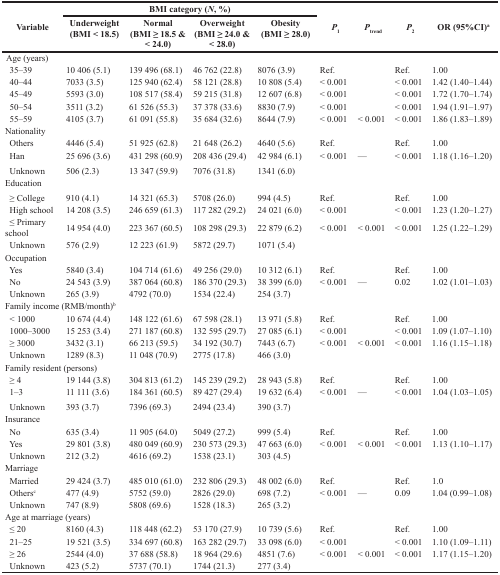
<table><thead><tr><td rowspan="2"><b>Variable</b></td><td colspan="4"><b>BMI category (<i>N</i>, %)</b></td><td rowspan="2"><b><i>P</i><sub>1</sub></b></td><td rowspan="2"><b><i>P</i><sub>trend</sub></b></td><td rowspan="2"><b><i>P</i><sub>2</sub></b></td><td rowspan="2"><b>OR (95%CI)<sup>a</sup></b></td></tr><tr><td><b>Underweight (BMI &lt; 18.5)</b></td><td><b>Normal (BMI ≥ 18.5 &amp; &lt; 24.0)</b></td><td><b>Overweight (BMI ≥ 24.0 &amp; &lt; 28.0)</b></td><td><b>Obesity (BMI ≥ 28.0)</b></td></tr></thead><tbody><tr><td colspan="9">Age (years)</td></tr><tr><td> 35–39</td><td>10 406 (5.1)</td><td>139 496 (68.1)</td><td>46 762 (22.8)</td><td>8076 (3.9)</td><td>Ref.</td><td></td><td>Ref.</td><td>1.00</td></tr><tr><td> 40–44</td><td>7033 (3.5)</td><td>125 940 (62.4)</td><td>58 121 (28.8)</td><td>10 808 (5.4)</td><td>&lt; 0.001</td><td></td><td>&lt; 0.001</td><td>1.42 (1.40–1.44)</td></tr><tr><td> 45–49</td><td>5593 (3.0)</td><td>108 517 (58.4)</td><td>59 215 (31.8)</td><td>12 607 (6.8)</td><td>&lt; 0.001</td><td></td><td>&lt; 0.001</td><td>1.72 (1.70–1.74)</td></tr><tr><td> 50–54</td><td>3511 (3.2)</td><td>61 526 (55.3)</td><td>37 378 (33.6)</td><td>8830 (7.9)</td><td>&lt; 0.001</td><td></td><td>&lt; 0.001</td><td>1.94 (1.91–1.97)</td></tr><tr><td> 55–59</td><td>4105 (3.7)</td><td>61 091 (55.8)</td><td>35 684 (32.6)</td><td>8644 (7.9)</td><td>&lt; 0.001</td><td>&lt; 0.001</td><td>&lt; 0.001</td><td>1.86 (1.83–1.89)</td></tr><tr><td colspan="9">Nationality</td></tr><tr><td> Others</td><td>4446 (5.4)</td><td>51 925 (62.8)</td><td>21 648 (26.2)</td><td>4640 (5.6)</td><td>Ref.</td><td></td><td>Ref.</td><td>1.00</td></tr><tr><td> Han</td><td>25 696 (3.6)</td><td>431 298 (60.9)</td><td>208 436 (29.4)</td><td>42 984 (6.1)</td><td>&lt; 0.001</td><td>—</td><td>&lt; 0.001</td><td>1.18 (1.16–1.20)</td></tr><tr><td> Unknown</td><td>506 (2.3)</td><td>13 347 (59.9)</td><td>7076 (31.8)</td><td>1341 (6.0)</td><td></td><td></td><td></td><td></td></tr><tr><td colspan="9">Education</td></tr><tr><td> ≥ College</td><td>910 (4.1)</td><td>14 321 (65.3)</td><td>5708 (26.0)</td><td>994 (4.5)</td><td>Ref.</td><td></td><td>Ref.</td><td>1.00</td></tr><tr><td> High school</td><td>14 208 (3.5)</td><td>246 659 (61.3)</td><td>117 282 (29.2)</td><td>24 021 (6.0)</td><td>&lt; 0.001</td><td></td><td>&lt; 0.001</td><td>1.23 (1.20–1.27)</td></tr><tr><td> ≤ Primary school</td><td>14 954 (4.0)</td><td>223 367 (60.5)</td><td>108 298 (29.3)</td><td>22 879 (6.2)</td><td>&lt; 0.001</td><td>&lt; 0.001</td><td>&lt; 0.001</td><td>1.25 (1.22–1.29)</td></tr><tr><td> Unknown</td><td>576 (2.9)</td><td>12 223 (61.9)</td><td>5872 (29.7)</td><td>1071 (5.4)</td><td></td><td></td><td></td><td></td></tr><tr><td colspan="9">Occupation</td></tr><tr><td> Yes</td><td>5840 (3.4)</td><td>104 714 (61.6)</td><td>49 256 (29.0)</td><td>10 312 (6.1)</td><td>Ref.</td><td></td><td>Ref.</td><td>1.00</td></tr><tr><td> No</td><td>24 543 (3.9)</td><td>387 064 (60.8)</td><td>186 370 (29.3)</td><td>38 399 (6.0)</td><td>&lt; 0.001</td><td>—</td><td>0.02</td><td>1.02 (1.01–1.03)</td></tr><tr><td> Unknown</td><td>265 (3.9)</td><td>4792 (70.0)</td><td>1534 (22.4)</td><td>254 (3.7)</td><td></td><td></td><td></td><td></td></tr><tr><td colspan="9">Family income (RMB/month)<sup>b</sup></td></tr><tr><td> &lt; 1000</td><td>10 674 (4.4)</td><td>148 122 (61.6)</td><td>67 598 (28.1)</td><td>13 971 (5.8)</td><td>Ref.</td><td></td><td>Ref.</td><td>1.00</td></tr><tr><td> 1000–3000</td><td>15 253 (3.4)</td><td>271 187 (60.8)</td><td>132 595 (29.7)</td><td>27 085 (6.1)</td><td>&lt; 0.001</td><td></td><td>&lt; 0.001</td><td>1.09 (1.07–1.10)</td></tr><tr><td> ≥ 3000</td><td>3432 (3.1)</td><td>66 213 (59.5)</td><td>34 192 (30.7)</td><td>7443 (6.7)</td><td>&lt; 0.001</td><td>&lt; 0.001</td><td>&lt; 0.001</td><td>1.16 (1.15–1.18)</td></tr><tr><td> Unknown</td><td>1289 (8.3)</td><td>11 048 (70.9)</td><td>2775 (17.8)</td><td>466 (3.0)</td><td></td><td></td><td></td><td></td></tr><tr><td colspan="9">Family resident (persons)</td></tr><tr><td> ≥ 4</td><td>19 144 (3.8)</td><td>304 813 (61.2)</td><td>145 239 (29.2)</td><td>28 943 (5.8)</td><td>Ref.</td><td></td><td>Ref.</td><td>1.00</td></tr><tr><td> 1–3</td><td>11 111 (3.6)</td><td>184 361 (60.5)</td><td>89 427 (29.4)</td><td>19 632 (6.4)</td><td>&lt; 0.001</td><td>—</td><td>&lt; 0.001</td><td>1.04 (1.03–1.05)</td></tr><tr><td> Unknown</td><td>393 (3.7)</td><td>7396 (69.3)</td><td>2494 (23.4)</td><td>390 (3.7)</td><td></td><td></td><td></td><td></td></tr><tr><td colspan="9">Insurance</td></tr><tr><td> No</td><td>635 (3.4)</td><td>11 905 (64.0)</td><td>5049 (27.2)</td><td>999 (5.4)</td><td>Ref.</td><td></td><td>Ref.</td><td>1.00</td></tr><tr><td> Yes</td><td>29 801 (3.8)</td><td>480 049 (60.9)</td><td>230 573 (29.3)</td><td>47 663 (6.0)</td><td>&lt; 0.001</td><td>&lt; 0.001</td><td>&lt; 0.001</td><td>1.13 (1.10–1.17)</td></tr><tr><td> Unknown</td><td>212 (3.2)</td><td>4616 (69.2)</td><td>1538 (23.1)</td><td>303 (4.5)</td><td></td><td></td><td></td><td></td></tr><tr><td colspan="9">Marriage</td></tr><tr><td> Married</td><td>29 424 (3.7)</td><td>485 010 (61.0)</td><td>232 806 (29.3)</td><td>48 002 (6.0)</td><td>Ref.</td><td></td><td>Ref.</td><td>1.0</td></tr><tr><td> Others<sup>c</sup></td><td>477 (4.9)</td><td>5752 (59.0)</td><td>2826 (29.0)</td><td>698 (7.2)</td><td>&lt; 0.001</td><td>—</td><td>0.09</td><td>1.04 (0.99–1.08)</td></tr><tr><td> Unknown</td><td>747 (8.9)</td><td>5808 (69.6)</td><td>1528 (18.3)</td><td>265 (3.2)</td><td></td><td></td><td></td><td></td></tr><tr><td colspan="9">Age at marriage (years)</td></tr><tr><td> ≤ 20</td><td>8160 (4.3)</td><td>118 448 (62.2)</td><td>53 170 (27.9)</td><td>10 739 (5.6)</td><td>Ref.</td><td></td><td>Ref.</td><td>1.00</td></tr><tr><td> 21–25</td><td>19 521 (3.5)</td><td>334 697 (60.8)</td><td>163 282 (29.7)</td><td>33 098 (6.0)</td><td>&lt; 0.001</td><td></td><td>&lt; 0.001</td><td>1.10 (1.09–1.11)</td></tr><tr><td> ≥ 26</td><td>2544 (4.0)</td><td>37 688 (58.8)</td><td>18 964 (29.6)</td><td>4851 (7.6)</td><td>&lt; 0.001</td><td>&lt; 0.001</td><td>&lt; 0.001</td><td>1.17 (1.15–1.20)</td></tr><tr><td> Unknown</td><td>423 (5.2)</td><td>5737 (70.1)</td><td>1744 (21.3)</td><td>277 (3.4)</td><td></td><td></td><td></td><td></td></tr></tbody></table>